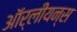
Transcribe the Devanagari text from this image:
ऑर्लीयन्स